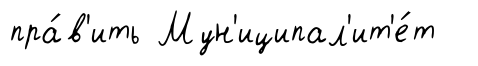
пра́в'ить Мун'иципал'ит'е́т